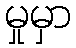
မှုမှာ